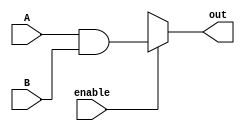
module anding (input enable, output reg out, input [3:0] A, B);
always@(enable, A,B)
begin
    out = 1'bx;
    if (enable)
    out = A&&B;
end
endmodule